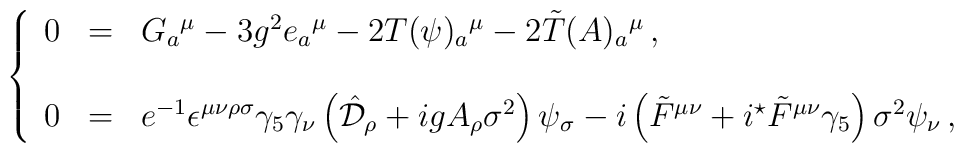
\left\{\begin{array}{rcl}0 & = & G_{a}{}^{\mu} -3g^{2} e_{a}{}^{\mu} -2T(\psi)_{a}{}^{\mu}-2\tilde{T}(A)_{a}{}^{\mu}\, ,\\& & \\0 & = & e^{-1}\epsilon^{\mu\nu\rho\sigma}\gamma_{5}\gamma_{\nu}\left(\hat{\cal D}_{\rho}+ig A_{\rho}\sigma^{2}\right)\psi_{\sigma}-i\left(\tilde{F}^{\mu\nu} +i{}^{\star}\tilde{F}^{\mu\nu}\gamma_{5}\right)\sigma^{2}\psi_{\nu}\, ,\\\end{array}\right.